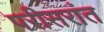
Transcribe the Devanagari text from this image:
परीसरांत